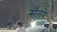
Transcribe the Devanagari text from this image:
सँतरे